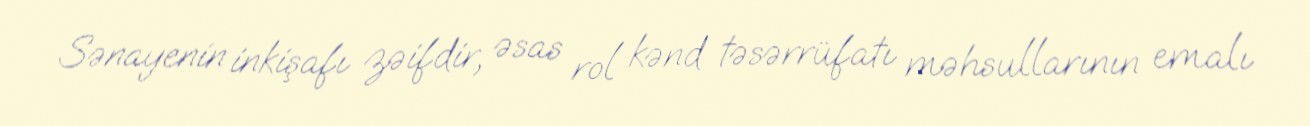
Sənayenin inkişafı zəifdir, əsas rol kənd təsərrüfatı məhsullarının emalı